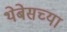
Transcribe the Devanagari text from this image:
थेबेसच्या